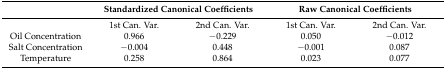
<table><thead><tr><td></td><td colspan="2"><b>Standardized Canonical Coefficients</b></td><td colspan="2"><b>Raw Canonical Coefficients</b></td></tr></thead><tbody><tr><td></td><td>1st Can. Var.</td><td>2nd Can. Var.</td><td>1st Can. Var.</td><td>2nd Can. Var.</td></tr><tr><td>Oil Concentration</td><td>0.966</td><td>−0.229</td><td>0.050</td><td>−0.012</td></tr><tr><td>Salt Concentration</td><td>−0.004</td><td>0.448</td><td>−0.001</td><td>0.087</td></tr><tr><td>Temperature</td><td>0.258</td><td>0.864</td><td>0.023</td><td>0.077</td></tr></tbody></table>